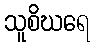
သူစိဃရေ